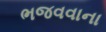
ભજવવાના